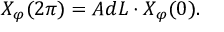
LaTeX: X _ { \varphi } ( 2 \pi ) = A d L \cdot X _ { \varphi } ( 0 ) .